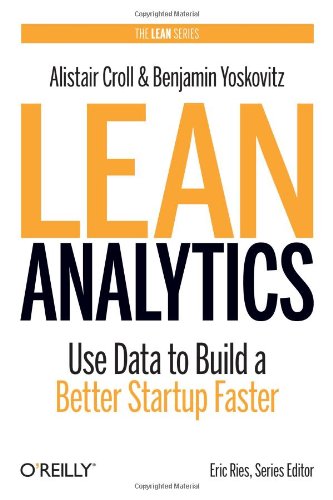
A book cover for Lean Analytics: Use Data to Build a Better Startup Faster (Lean Series); Alistair Croll; Science & Math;